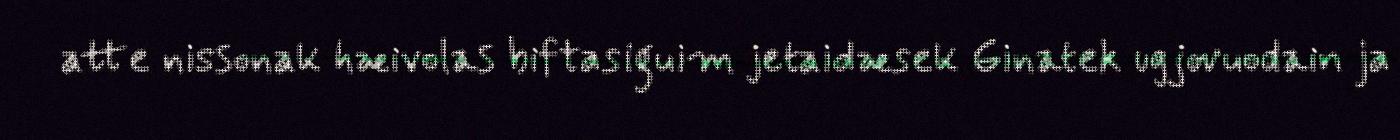
atte nissonak hæivolas biftasiguim jetaidæsek Ginatek ugjovuodain ja